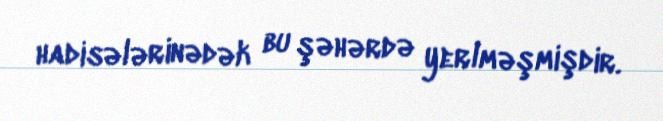
hadisələrinədək bu şəhərdə yerlməşmişdir.